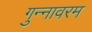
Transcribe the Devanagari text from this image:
गुन्नावरम